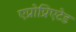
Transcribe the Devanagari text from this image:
एप्रोप्रिएटेड